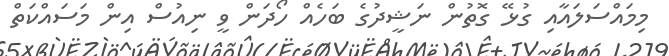
މިމައްސަލައާއި ގުޅޭ ގޮތުން ނަޝީދުގެ ބަހެއް ހޯދަން ވީ ނިއުސް އިން މަސައްކަތް